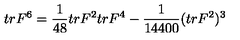
t r F ^ { 6 } = \frac { 1 } { 4 8 } t r F ^ { 2 } t r F ^ { 4 } - \frac { 1 } { 1 4 4 0 0 } ( t r F ^ { 2 } ) ^ { 3 }